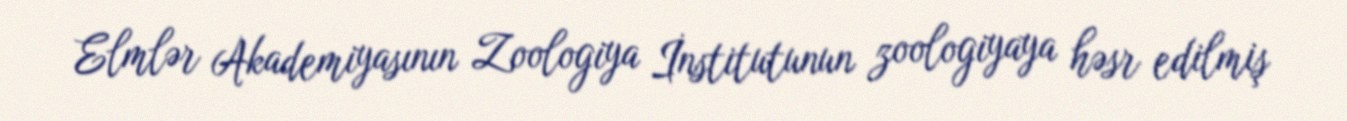
Elmlər Akademiyasının Zoologiya İnstitutunun zoologiyaya həsr edilmiş